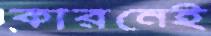
কারনেই